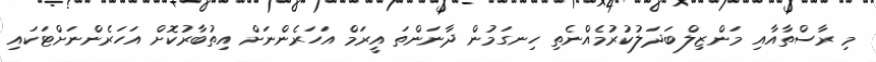
މި ރާސްތާއާއި މަންޒިލް ބަދަލުކުރުމެއްނެތި ހިނގަމުން ދާނަންތަ އީރަމް އަހަރެންނަށް އިތުބާރުކޮށް އަހަރެންނަށްޓަކައި